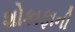
શોકાફાની